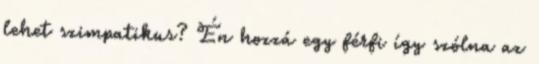
lehet szimpatikus? Én hozzá egy férfi így szólna az